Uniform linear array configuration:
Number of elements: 48
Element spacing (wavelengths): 0.75
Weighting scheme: binomial
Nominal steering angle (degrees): -30
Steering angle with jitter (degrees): -30.176
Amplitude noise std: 0.05
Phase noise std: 0.05

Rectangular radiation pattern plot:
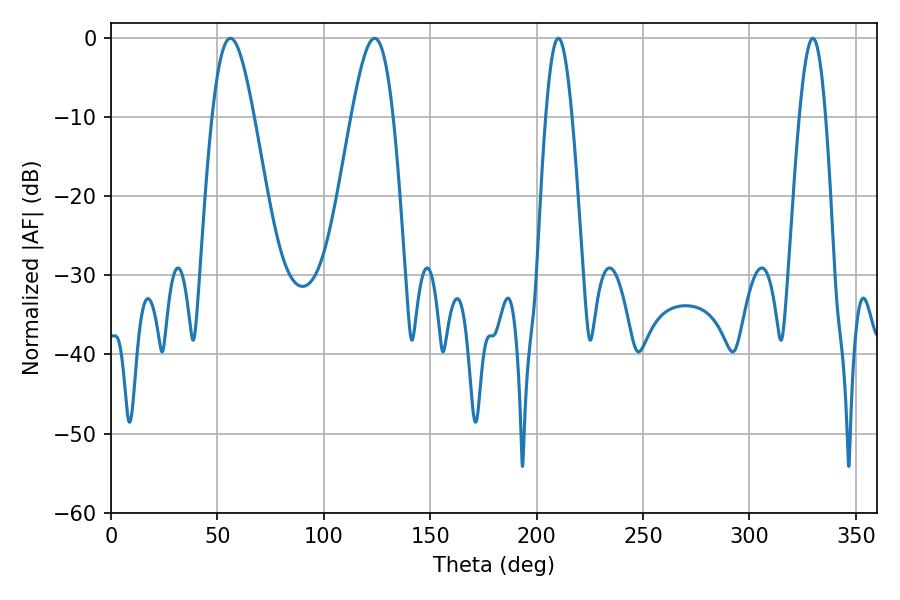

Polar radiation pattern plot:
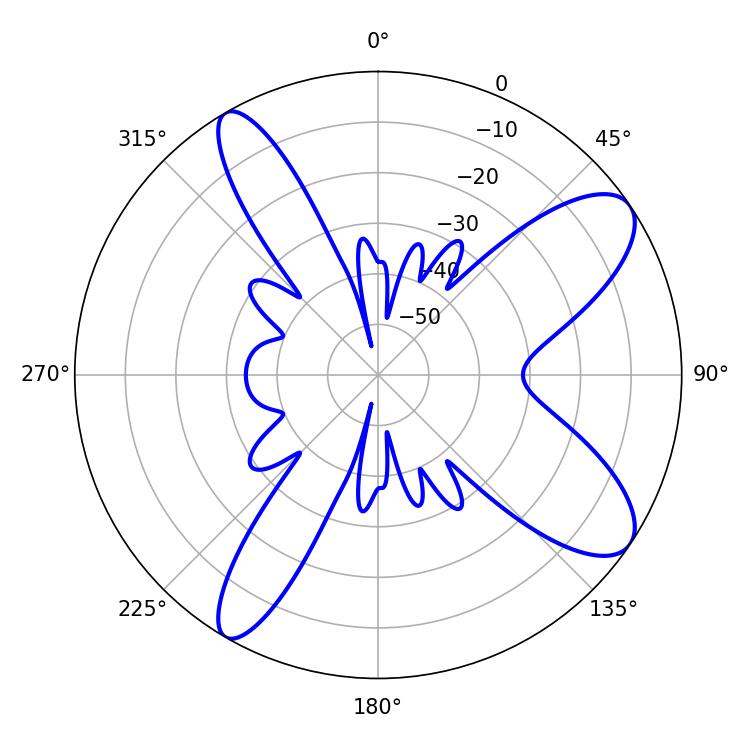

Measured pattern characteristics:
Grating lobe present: TRUE
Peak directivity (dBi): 9.827
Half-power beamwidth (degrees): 6.66
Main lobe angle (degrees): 210.24